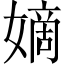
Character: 嫡